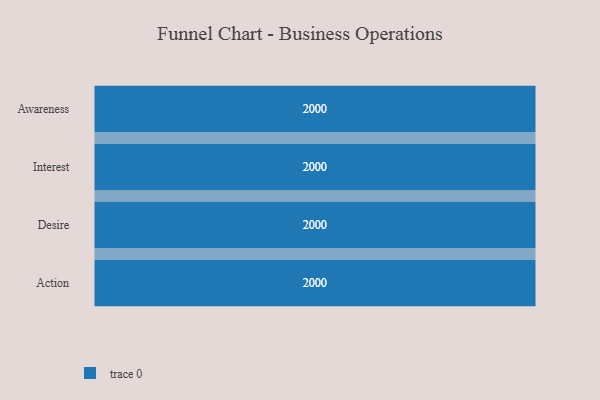
{"axis": {"x": "Stage", "y": "Value"}, "legend": [""], "data": [{"x": "Awareness", "y": 2000, "type": ""}, {"x": "Interest", "y": 2000, "type": ""}, {"x": "Desire", "y": 2000, "type": ""}, {"x": "Action", "y": 2000, "type": ""}]}